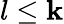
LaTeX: l\leq\mathbf{k}